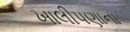
ખાલીપણાના